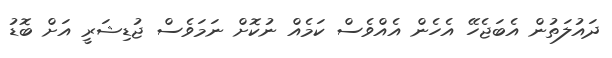
ދައުލަތުން އެބަޖެހޭ އެހެން އެއްވެސް ކަމެއް ނުކޮށް ނަމަވެސް ޖުޑިޝަރީ އަށް ބޮޑު